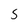
Character: s